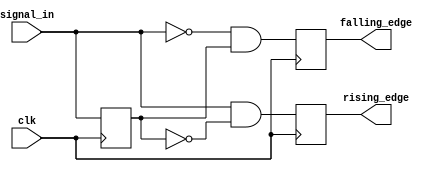
module dual_edge_detector (
    input wire clk,               // Clock input
    input wire signal_in,         // Input signal to detect edges
    output reg rising_edge,       // Output pulse for rising edge
    output reg falling_edge       // Output pulse for falling edge
);

    // Memory block to store the previous state of the input signal
    reg previous_signal;

    // Edge detection logic
    always @(posedge clk) begin
        // Capture the current input signal
        rising_edge <= (signal_in == 1'b1 && previous_signal == 1'b0);
        falling_edge <= (signal_in == 1'b0 && previous_signal == 1'b1);
        
        // Update the previous signal state
        previous_signal <= signal_in;
    end

    // Reset output signals at start
    initial begin
        rising_edge = 1'b0;
        falling_edge = 1'b0;
        previous_signal = 1'b0;
    end

endmodule